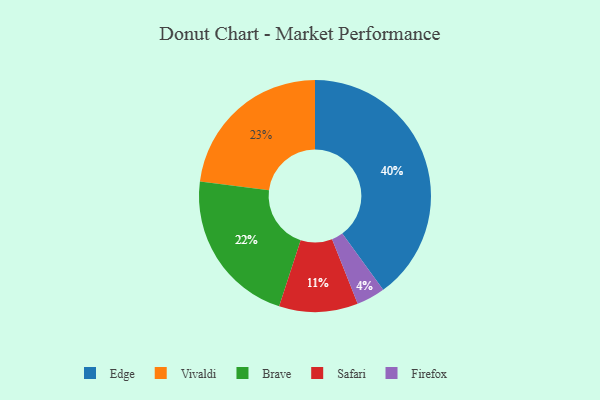
{"axis": {"x": "Category", "y": "Percentage"}, "legend": ["Brave", "Edge", "Firefox", "Safari", "Vivaldi"], "data": [{"x": "Safari", "y": 11, "type": "Safari"}, {"x": "Edge", "y": 40, "type": "Edge"}, {"x": "Vivaldi", "y": 23, "type": "Vivaldi"}, {"x": "Brave", "y": 22, "type": "Brave"}, {"x": "Firefox", "y": 4, "type": "Firefox"}]}